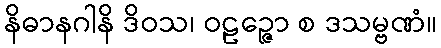
နိဓာနဂါနိ ဒိဝသ၊ ဝဠဉ္ဇော စ ဒသမ္ဗဏံ။